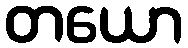
တယော